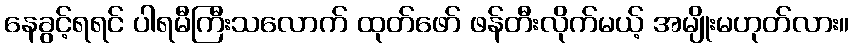
နေခွင့်ရရင် ပါရမီကြီးသလောက် ထုတ်ဖော် ဖန်တီးလိုက်မယ့် အမျိုးမဟုတ်လား။